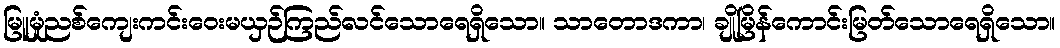
မြူမှုံညစ်ကျေးကင်းဝေးမယှဉ်ကြည်လင်သောရေရှိသော။ သာတောဒကာ၊ ချိုမြိန်ကောင်းမြတ်သောရေရှိသော။